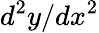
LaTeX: d^{2}y/dx^{2}